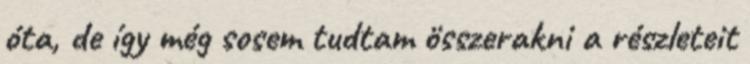
óta, de így még sosem tudtam összerakni a részleteit